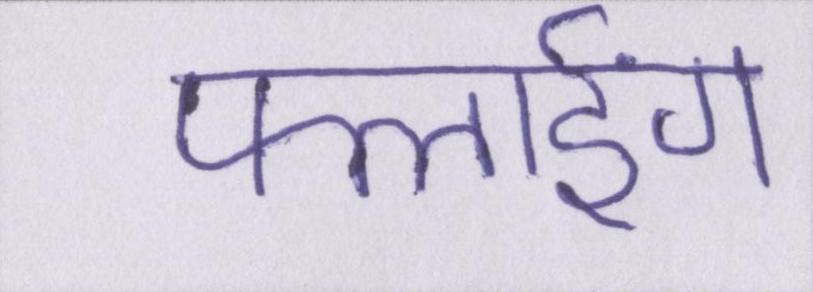
फ्लाईंग